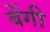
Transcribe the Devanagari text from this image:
बेंगी